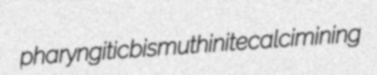
pharyngitic bismuthinite calcimining